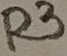
Text: R3